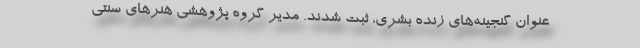
عنوان گنجینه‌های زنده بشری، ثبت شدند. مدیر گروه پژوهشی هنرهای سنتی